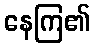
နေကြ၏